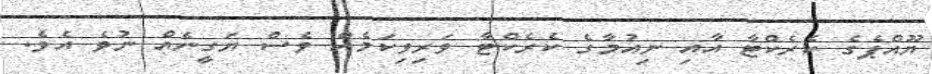
ޔޫއްޕެގެ ކެރެކްޓާ އާއި ނިއުމާގެ ކެރެކްޓާ ވަރިވިކަމެއް ވެސް ޔަގީނެއް ނުވެ އެވެ.